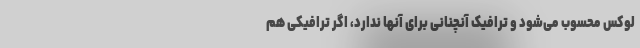
لوکس محسوب می‌شود و ترافیک آنچنانی برای آنها ندارد، اگر ترافیکی هم